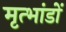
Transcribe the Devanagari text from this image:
मृत्भांडों